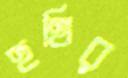
হুথির